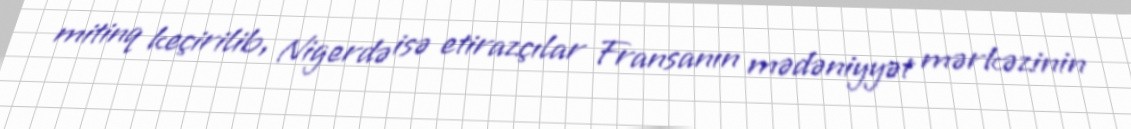
mitinq keçirilib, Nigerdə isə etirazçılar Fransanın mədəniyyət mərkəzinin